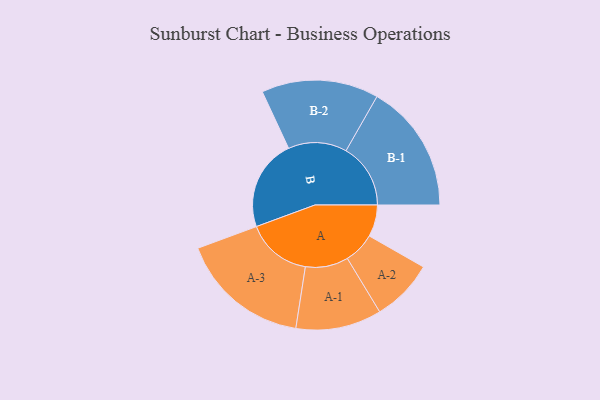
{"axis": {"x": "Segment", "y": "Value"}, "legend": ["", "A", "B"], "data": [{"x": "A", "y": 138, "type": ""}, {"x": "B", "y": 396, "type": ""}, {"x": "A-1", "y": 186, "type": "A"}, {"x": "A-2", "y": 135, "type": "A"}, {"x": "A-3", "y": 283, "type": "A"}, {"x": "B-1", "y": 280, "type": "B"}, {"x": "B-2", "y": 254, "type": "B"}]}